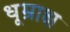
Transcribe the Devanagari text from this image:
धूम्राक्ष